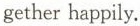
gether happily.